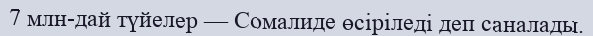
7 млн-дай түйелер — Сомалиде өсіріледі деп саналады.